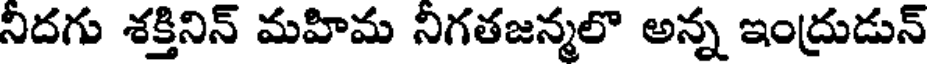
నిదగు శక్తినిన్ మహిమ నిగతజన్మలొ అన్న ఇంద్రుడున్